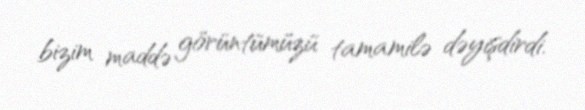
bizim maddə görüntümüzü tamamilə dəyişdirdi.